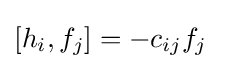
[h_{i},f_{j}]=-c_{ij}f_{j}\